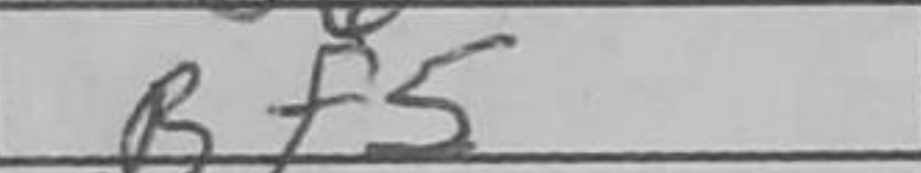
Transcription: Bf5